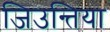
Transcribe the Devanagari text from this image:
जिउन्तिया